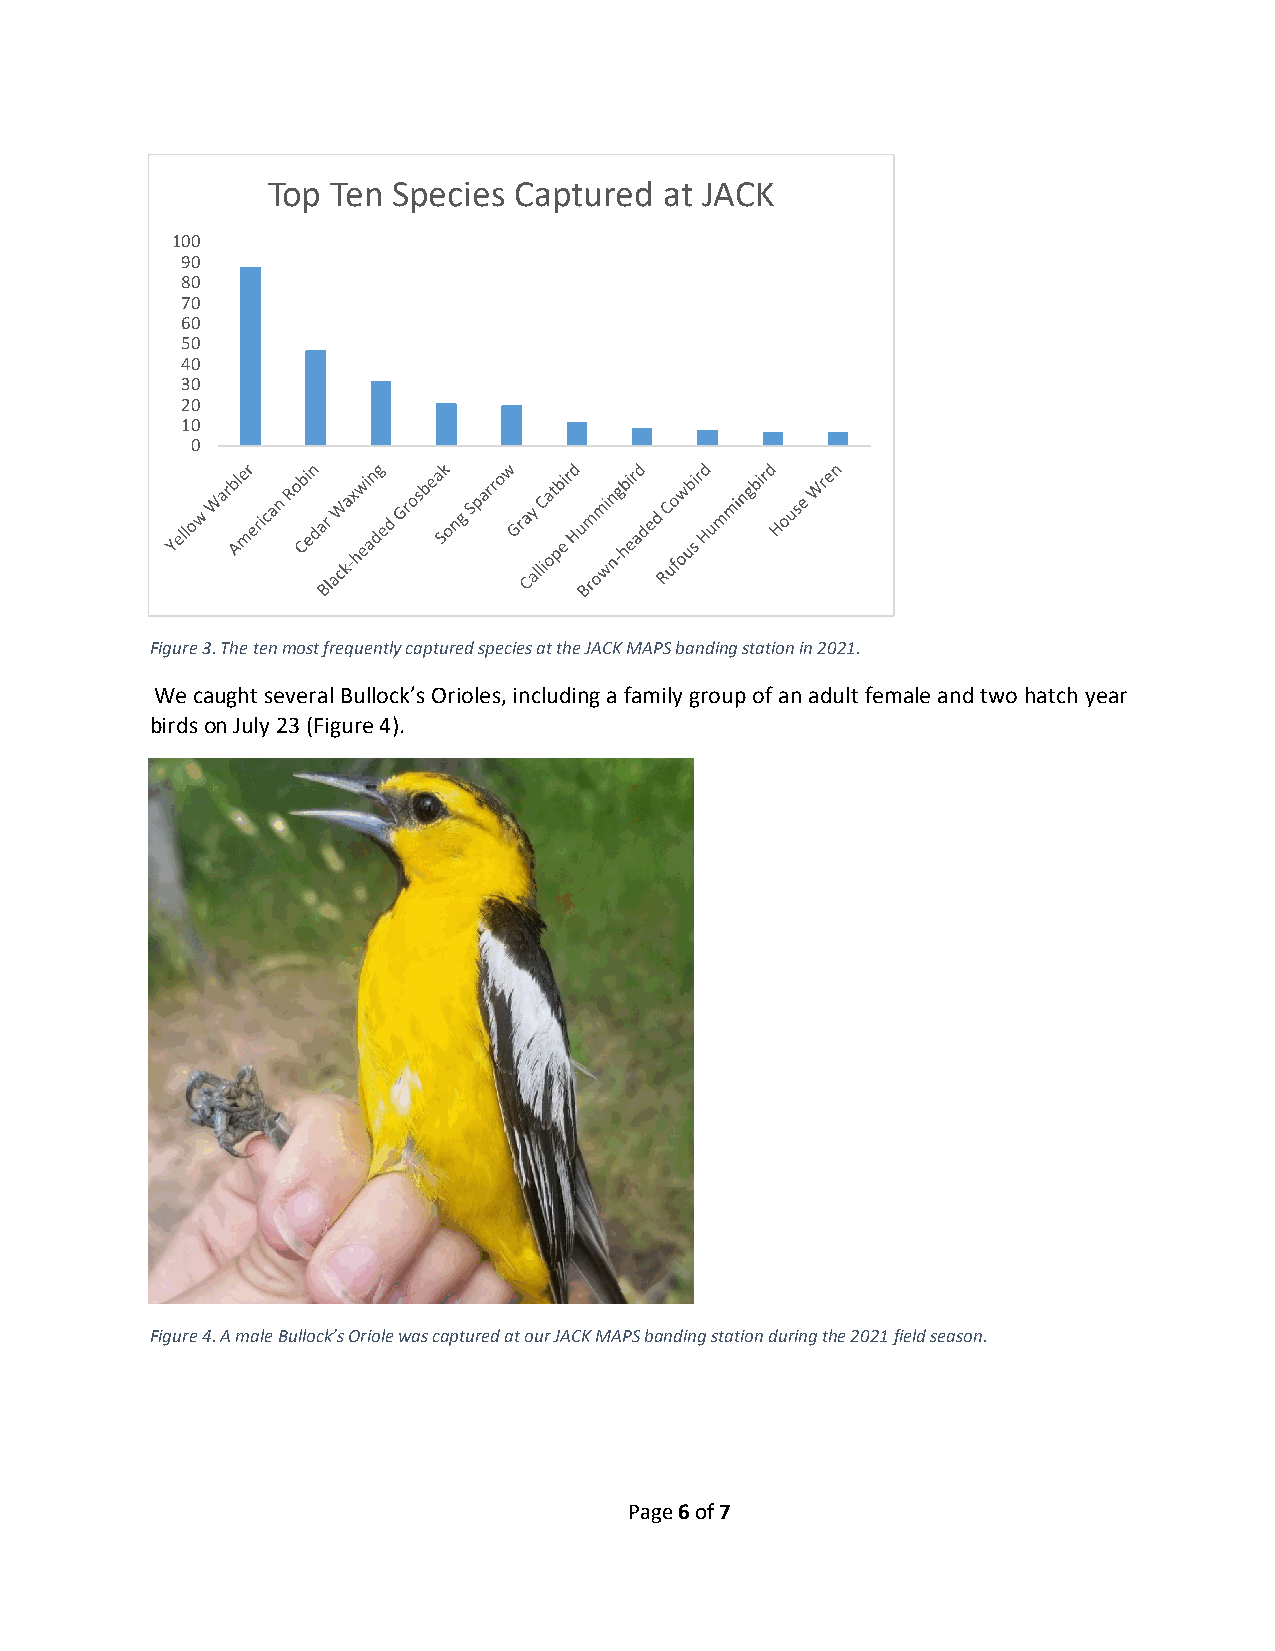
Top Ten Species Captured  at JACK
 100
 90
 80
 70
 60
 50
 40
 30
 20
 10
 0
 Figure 3. The ten most frequently captured species at the JACK MAPS banding station in 2021.
 We caught several Bullock’s Orioles, including a family group of an adult female and two hatch year
 birds on July 23 (Figure 4).
 Figure 4. A male Bullock’s Oriole was captured at our JACK MAPS banding station during the 2021 field season.
 Page 6 of 7